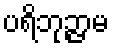
ပရိဘုဉ္ဇာမ